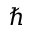
\hbar